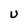
Character: U